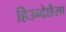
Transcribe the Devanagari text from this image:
हिउन्देछैसा